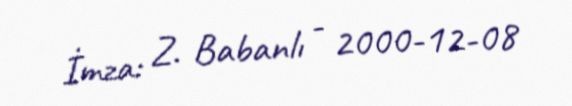
İmza: Z. Babanlı - 2000-12-08